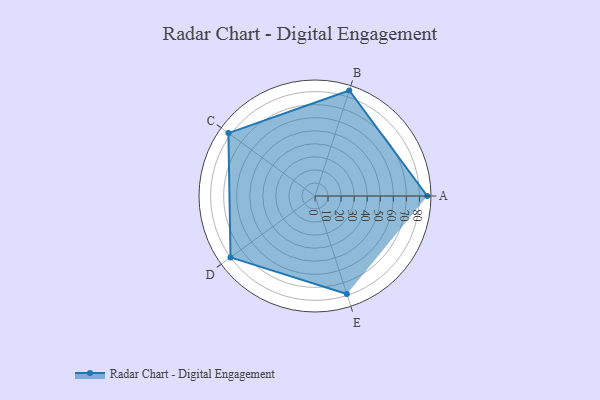
{"axis": {"x": "Skill", "y": "Score"}, "legend": ["Profile"], "data": [{"x": "A", "y": 86.0, "type": "Profile"}, {"x": "B", "y": 85.0, "type": "Profile"}, {"x": "C", "y": 82.0, "type": "Profile"}, {"x": "D", "y": 80.0, "type": "Profile"}, {"x": "E", "y": 79.0, "type": "Profile"}]}